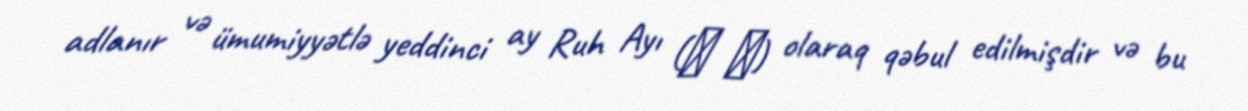
adlanır və ümumiyyətlə yeddinci ay Ruh Ayı (鬼 月) olaraq qəbul edilmişdir və bu